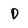
Character: D